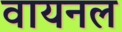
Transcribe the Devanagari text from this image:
वायनल